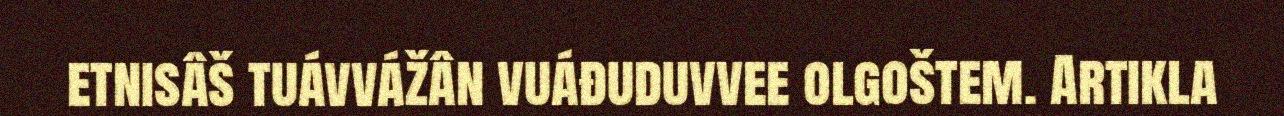
etnisâš tuávvážân vuáđuduvvee olgoštem. Artikla